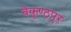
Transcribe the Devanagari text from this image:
बैकुण्ठपुर